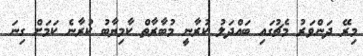
މިރޭ ދަންވަރު މެޗުގައި ބައްދަލު ކުރާނީ މުބާރާތް ކާމިޔާބު ކުރާނެ ކަމަށް ގިނަ